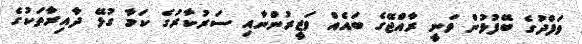
ވަފްދުގެ ބޭފުޅުން ވަނީ ރާއްޖޭގެ ބައެއް ވަޒީރުންނާއި ސަރުކާރުގެ ކަމާ ގުޅޭ ދާއިރާތަކުގެ